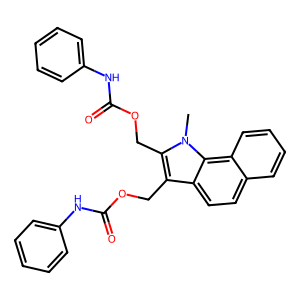
SMILES: Cn1c(COC(=O)Nc2ccccc2)c(COC(=O)Nc2ccccc2)c2ccc3ccccc3c21
Inhibits HIV replication: No